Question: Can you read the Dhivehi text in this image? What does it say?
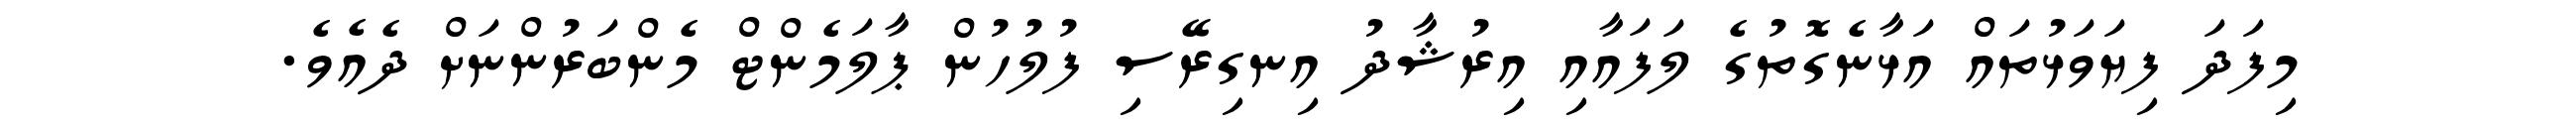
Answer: މިފަދަ ފިޔަވަޅުތައް އަޅާނެގޮތުގެ ލަފައާއި އިރުޝާދު އިނގިރޭސި ފުލުހުން ޕާލަމެންޓް މެންބަރުންނަށް ދެއެވެ.